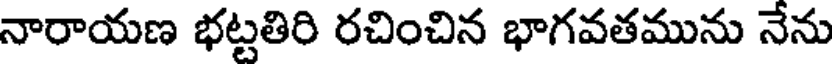
నారాయణ భట్టతిరి రచించిన భాగవతమును నేను